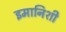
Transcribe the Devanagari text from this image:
इमानिशी